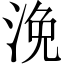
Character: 浼